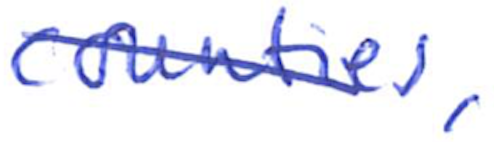
Text: counties,
Cross-out: diagonal
Writing tool: ballpoint